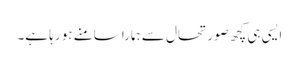
ایسی ہی کچھ صورتحال سے ہمارا سامنے ہو رہا ہے۔